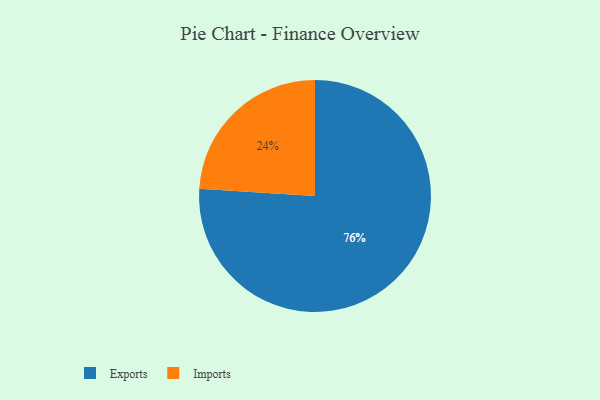
{"axis": {"x": "Category", "y": "Percentage"}, "legend": ["Exports", "Imports"], "data": [{"x": "Imports", "y": 24, "type": "Imports"}, {"x": "Exports", "y": 76, "type": "Exports"}]}